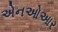
એનઓઆર